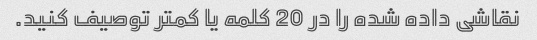
نقاشی داده شده را در 20 کلمه یا کمتر توصیف کنید.